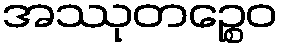
အဿုတဉ္စေဝ